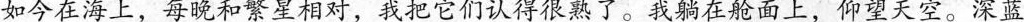
如今在海上，每晚和繁星相对，我把它们认得很熟了。我躺在舱面上，仰望天空。深蓝